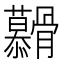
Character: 𮪶